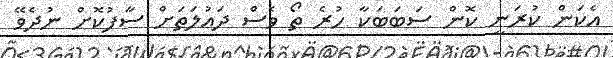
އެކަން ކުރަނީ ކޮން ސަބަބަކާ ހުރެ ތޯ ވެސް ދައުލަތަށް ސާފުކޮށް ނުދެވޭ